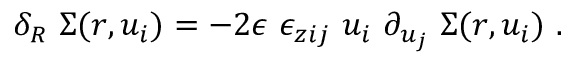
\delta _ { R } \, \, \Sigma ( r , u _ { i } ) = - 2 \epsilon \, \, \epsilon _ { z i j } \, \, u _ { i } \, \, \partial _ { u _ { j } } \ \Sigma ( r , u _ { i } ) \ .